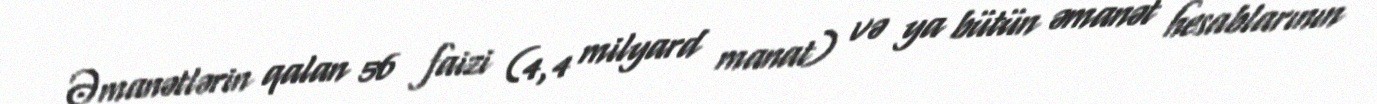
Əmanətlərin qalan 56 faizi (4,4 milyard manat) və ya bütün əmanət hesablarının